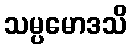
သမ္ပမောဒသိ